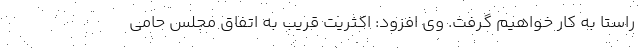
راستا به کار خواهیم گرفت. وی افزود: اکثریت قریب به اتفاق مجلس حامی